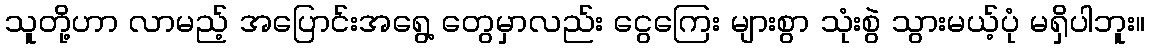
သူတို့ဟာ လာမည့် အပြောင်းအရွေ့ တွေမှာလည်း ငွေကြေး များစွာ သုံးစွဲ သွားမယ့်ပုံ မရှိပါဘူး။